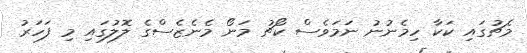
މެޗުގައި ކަކާ ހިމެނުނު ނަމަވެސް ކޯޗު މަނޯ މެނެޒެސްގެ ލޮލުގައި މި ފަހަރު